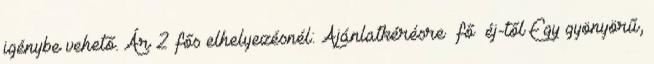
igénybe vehető. Ár 2 fős elhelyezésnél: Ajánlatkérésre fő éj-től Egy gyönyörű,